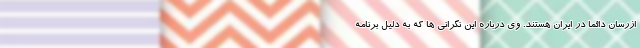
ازرسان دائما در ایران هستند. وی درباره این نگرانی ها که به دلیل برنامه